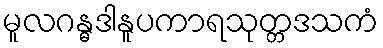
မူလဂန္ဓဒါနူပကာရသုတ္တဒသကံ